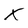
Character: X